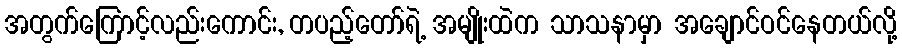
အတွက်ကြောင့်လည်းကောင်း, တပည့်တော်ရဲ့ အမျိုးထဲက သာသနာမှာ အချောင်ဝင်နေတယ်လို့